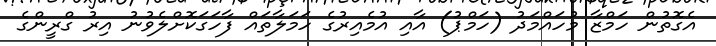
އެގޮތުން ހަމްޒާ މުހައްމަދު (ހަމްޕު) އާއި އުމެއިރުގެ ހަމަލާތައް ފާހަގަކޮށްލެވުނު އިރު ގްރީންގެ